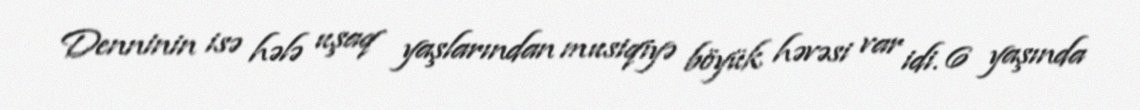
Denninin isə hələ uşaq yaşlarından musiqiyə böyük həvəsi var idi. 6 yaşında